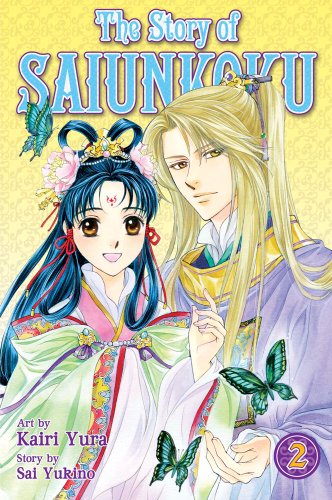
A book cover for The Story of Saiunkoku, Vol. 2; Sai Yukino; Teen & Young Adult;